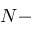
N -